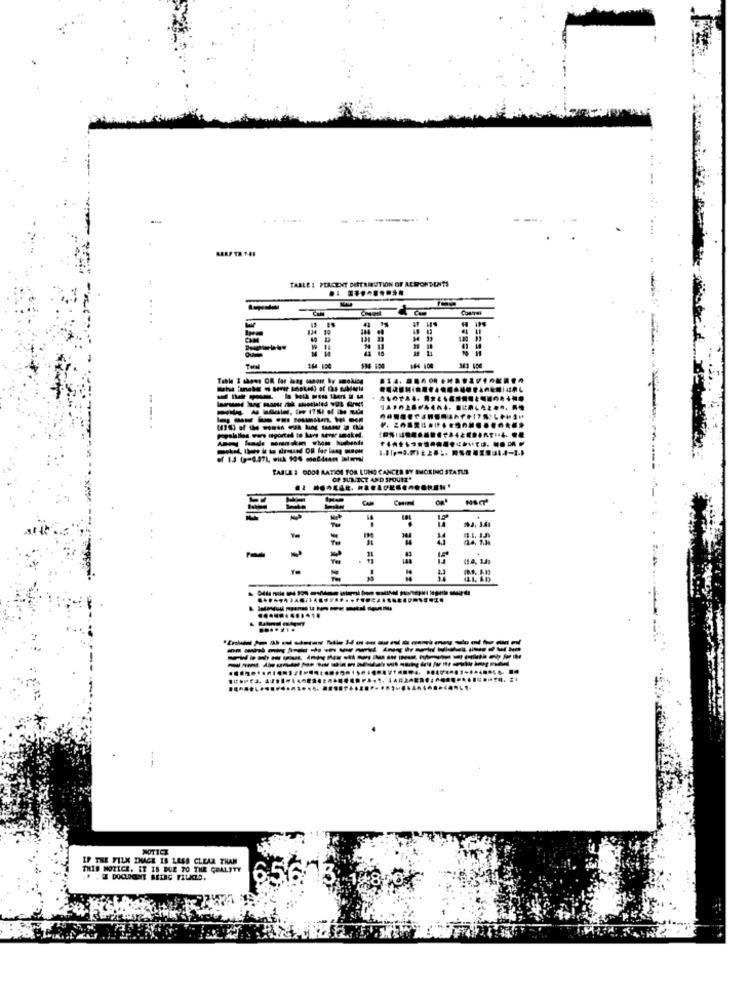
100
-
.....
-----.
TABLE 1 PERCENT DISTRIBUTION OF RESPONDENTS
.. .........
134 10
43
164 100
584 100
Table 3 shows OR far haag manoir by smoking
4. ..
---------
-------
-------- - - -
TABLA # ODDS RATIOH FOR LUNG CANCER BY SMOKING STATUS
OP SUR ICT AND SPOUSE"
IN
(14. 14
...... ........... ...................
--------
............
-----
NOTICE
IF THE FILM IMAGE 18 LESS CLEAR THAN
THIS NOTICE. IT IS DUE TO THE QUALITY
F . E DOCLOONT BELAG FILKLD.